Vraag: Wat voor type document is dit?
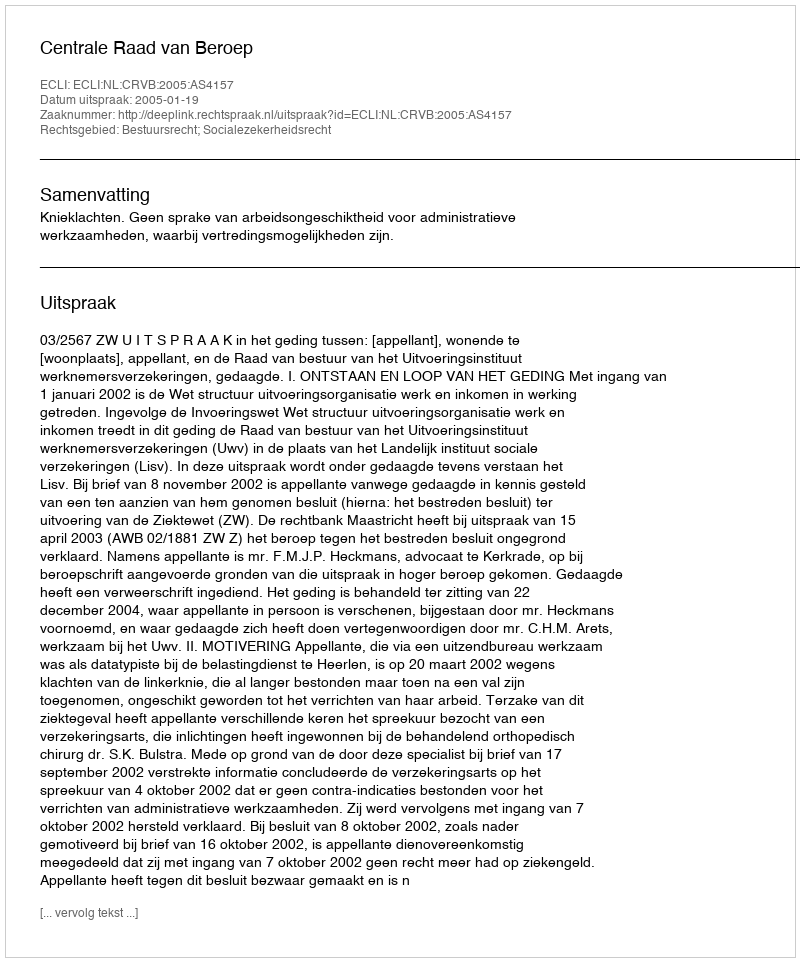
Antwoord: Uitspraak